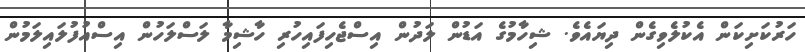
ހަރުކަށިކަން އެކުލެވިގެން ދިޔައެވެ. ޝިހާމުގެ އަޑުން ލަދުން އިސްޖެހިފައިހުރި ހާޝިމާ ލަސްލަހުން އިސްއުފުލައިލަމުން